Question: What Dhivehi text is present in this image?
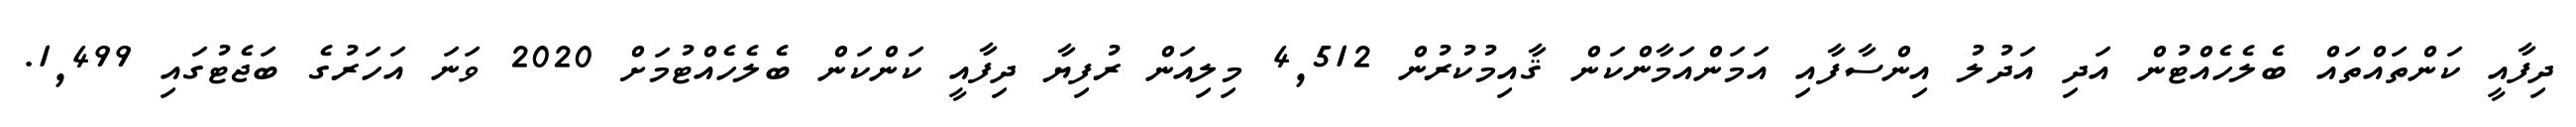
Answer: ދިފާއީ ކަންތައްތައް ބެލެހެއްޓުން އަދި އަދުލު އިންސާފާއި އަމަންއަމާންކަން ޤާއިމުކުރުން 4,512 މިލިއަން ރުފިޔާ ދިފާއީ ކަންކަން ބެލެހެއްޓުމަށް 2020 ވަނަ އަހަރުގެ ބަޖެޓުގައި 1,499.